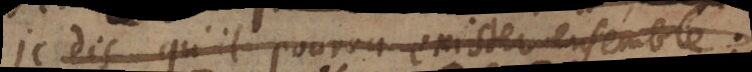
Je dis qu’il pourra exister ensemble: